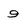
Character: 9